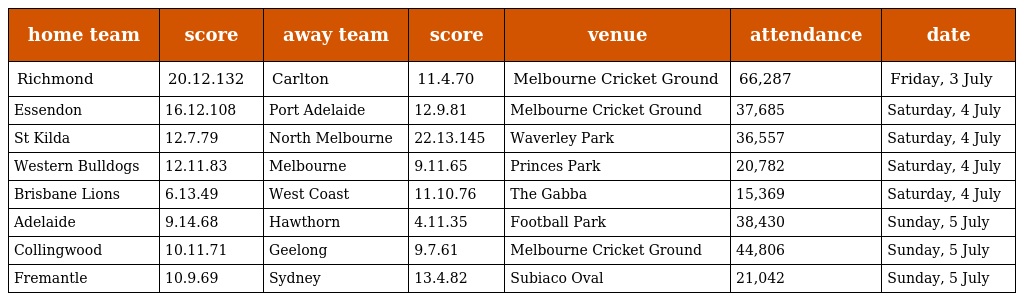
| home team | score | away team | score | venue | attendance | date |
 | --- | --- | --- | --- | --- | --- | --- |
 | Richmond | 20.12.132 | Carlton | 11.4.70 | Melbourne Cricket Ground | 66,287 | Friday, 3 July |
 | Essendon | 16.12.108 | Port Adelaide | 12.9.81 | Melbourne Cricket Ground | 37,685 | Saturday, 4 July |
 | St Kilda | 12.7.79 | North Melbourne | 22.13.145 | Waverley Park | 36,557 | Saturday, 4 July |
 | Western Bulldogs | 12.11.83 | Melbourne | 9.11.65 | Princes Park | 20,782 | Saturday, 4 July |
 | Brisbane Lions | 6.13.49 | West Coast | 11.10.76 | The Gabba | 15,369 | Saturday, 4 July |
 | Adelaide | 9.14.68 | Hawthorn | 4.11.35 | Football Park | 38,430 | Sunday, 5 July |
 | Collingwood | 10.11.71 | Geelong | 9.7.61 | Melbourne Cricket Ground | 44,806 | Sunday, 5 July |
 | Fremantle | 10.9.69 | Sydney | 13.4.82 | Subiaco Oval | 21,042 | Sunday, 5 July |